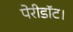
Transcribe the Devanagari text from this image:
पेरीडॉट।